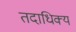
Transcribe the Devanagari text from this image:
तदाधिक्य